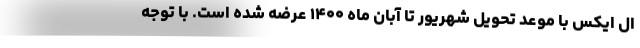
ال ایکس با موعد تحویل شهریور تا آبان ماه ۱۴۰۰ عرضه شده است. با توجه